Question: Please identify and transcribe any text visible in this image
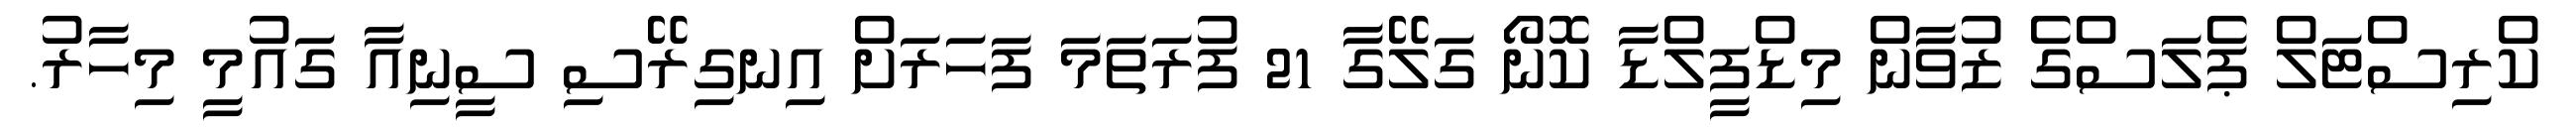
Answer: ކްރިސްޓަލް ޕެލަސްގެ ޒުވާން މިޑްފީލްޑާ ކޮނޯ ގަލޭގާ 21 ފުރަތަމަ ފަހަރަށް އިނގިރޭސި ސީނިއާ ގައުމީ މިހާރު.